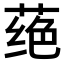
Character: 𫈵